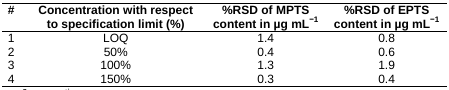
<table><thead><tr><td><b>#</b></td><td><b>Concentration with respect to specification limit (%)</b></td><td><b>%RSD of MPTS content in μg mL<sup>−1</sup></b></td><td><b>%RSD of EPTS content in μg mL<sup>−1</sup></b></td></tr></thead><tbody><tr><td>1</td><td>LOQ</td><td>1.4</td><td>0.8</td></tr><tr><td>2</td><td>50%</td><td>0.4</td><td>0.6</td></tr><tr><td>3</td><td>100%</td><td>1.3</td><td>1.9</td></tr><tr><td>4</td><td>150%</td><td>0.3</td><td>0.4</td></tr></tbody></table>